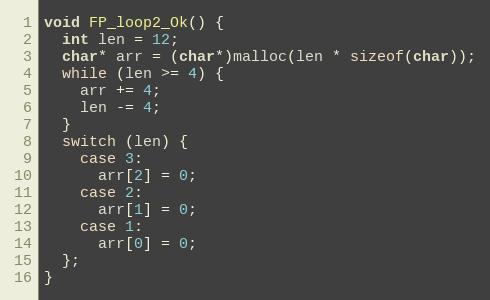
Language: C++
void FP_loop2_Ok() {
  int len = 12;
  char* arr = (char*)malloc(len * sizeof(char));
  while (len >= 4) {
    arr += 4;
    len -= 4;
  }
  switch (len) {
    case 3:
      arr[2] = 0;
    case 2:
      arr[1] = 0;
    case 1:
      arr[0] = 0;
  };
}